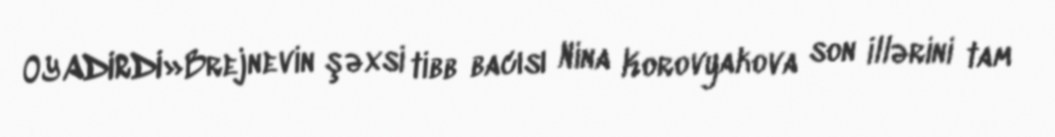
OYADIRDI»Brejnevin şəxsi tibb bacısı Nina Korovyakova son illərini tam